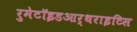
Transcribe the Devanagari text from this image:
रुमेटॉइडआर्थराइटिस